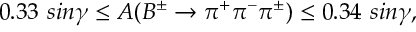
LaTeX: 0 . 3 3 ~ s i n \gamma \leq A ( B ^ { \pm } \to \pi ^ { + } \pi ^ { - } \pi ^ { \pm } ) \leq 0 . 3 4 ~ s i n \gamma ,